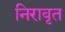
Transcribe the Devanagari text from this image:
निरावृत